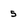
Character: 5